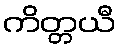
ကိတ္တယီ